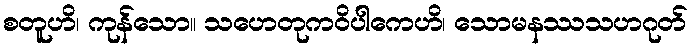
စတူဟိ၊ ကုန်သော။ သဟေတုကဝိပါကေဟိ၊ သောမနဿသဟဂုတ်